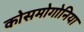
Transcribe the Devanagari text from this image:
कोसमोगोनिया